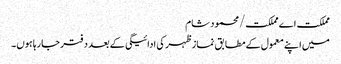
مملکت اے مملکت/محمود شام
میں اپنے معمول کے مطابق نماز ظہر کی ادائیگی کے بعد دفتر جارہا ہوں۔